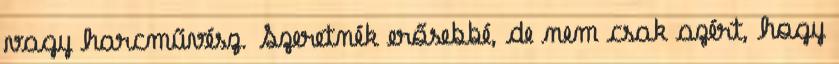
vagy harcművész. Szeretnék erősebbé, de nem csak azért, hogy